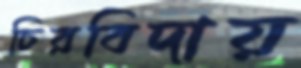
চিরবিদায়